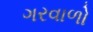
ગરવાળો